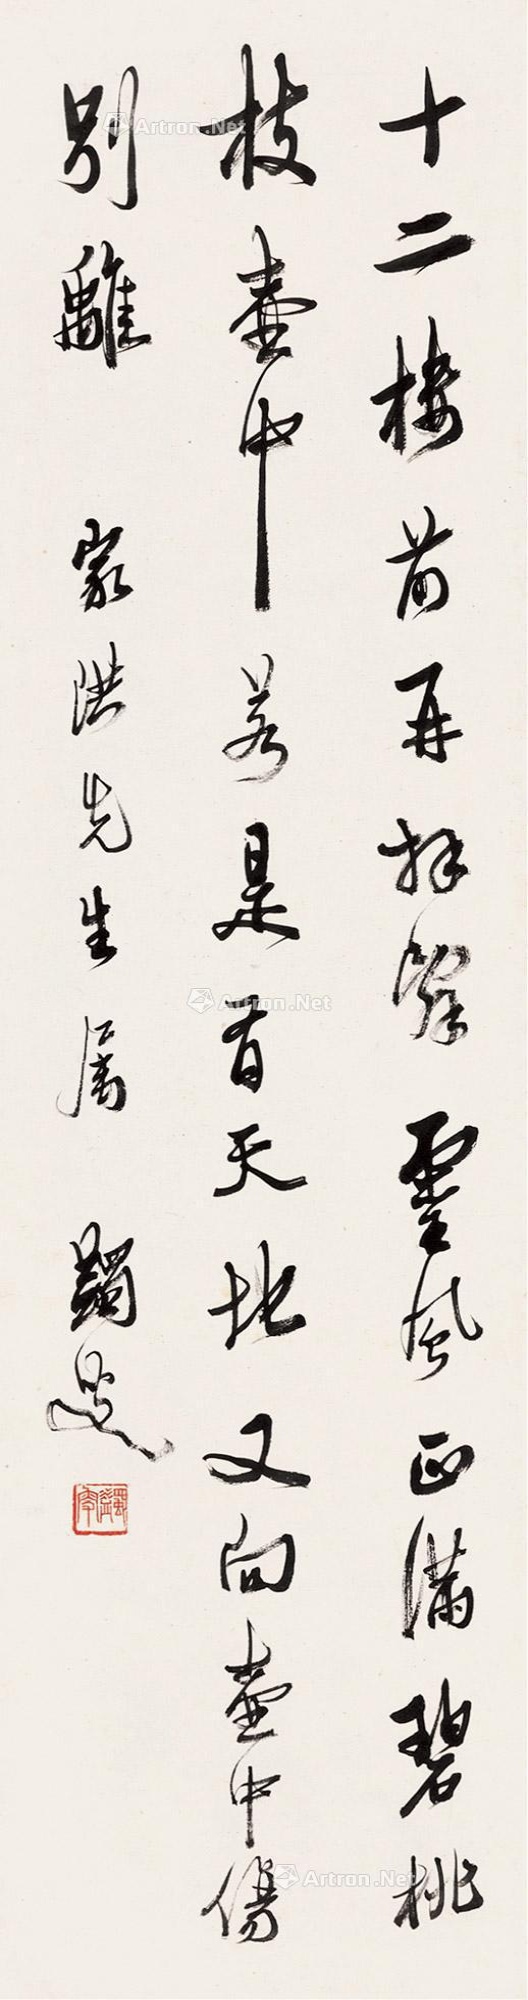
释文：十二楼前再拜辞，灵风正满碧桃枝。壶中若是有天地，又向壶中伤别离。家洪先生属，蠲叟。